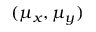
( \mu _ { x } , \mu _ { y } )